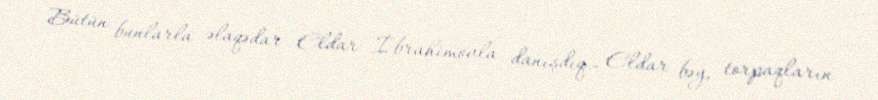
Bütün bunlarla əlaqədar Eldar İbrahimovla danışdıq.- Eldar bəy, torpaqların